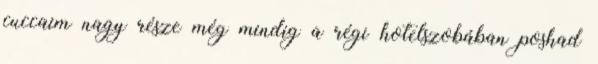
cuccaim nagy része még mindig a régi hotelszobában poshad